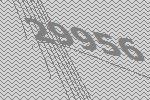
29956